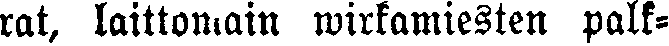
rat, laittomain wirkamiesten palk-